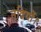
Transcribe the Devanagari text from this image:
नदियों।